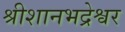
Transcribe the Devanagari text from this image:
श्रीशानभद्रेश्वर